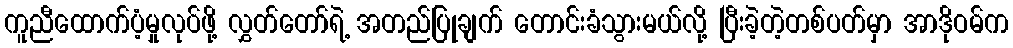
ကူညီထောက်ပံ့မှုလုပ်ဖို့ လွှတ်တော်ရဲ့ အတည်ပြုချက် တောင်းခံသွားမယ်လို့ ပြီးခဲ့တဲ့တစ်ပတ်မှာ အာဒိုဝမ်က